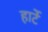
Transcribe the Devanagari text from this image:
हार्टे